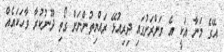
އޭގެ މަނާ އަކީ އެ ރަށްރަށުގައި ދިިރިއުޅޭ ރައްޔިތުންނަށް ގޯތި ދޫނުކުރާ ވާހަކައެއް